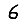
Digit: 6